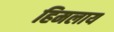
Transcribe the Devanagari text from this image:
हिमलाय